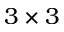
3 \times 3